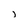
Character: j